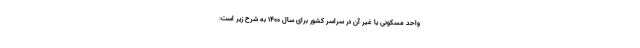
واحد مسکونی یا غیر آن در سراسر کشور برای سال ۱۴۰۰ به شرح زیر است: